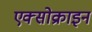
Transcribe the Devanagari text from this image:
एक्सोक्राइन